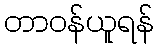
တာဝန်ယူရန်